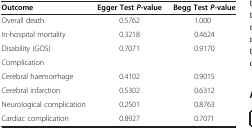
<table><thead><tr><td><b>Outcome</b></td><td><b>Egger Test <i>P</i>-value</b></td><td><b>Begg Test <i>P</i>-value</b></td></tr></thead><tbody><tr><td>Overall death</td><td>0.5762</td><td>1.000</td></tr><tr><td>In-hospital mortality</td><td>0.3218</td><td>0.4624</td></tr><tr><td>Disability (GOS)</td><td>0.7071</td><td>0.9170</td></tr><tr><td>Complication</td><td> </td><td> </td></tr><tr><td>Cerebral haemorrhage</td><td>0.4102</td><td>0.9015</td></tr><tr><td>Cerebral infarction</td><td>0.5302</td><td>0.6312</td></tr><tr><td>Neurological complication</td><td>0.2501</td><td>0.8763</td></tr><tr><td>Cardiac complication</td><td>0.8927</td><td>0.7071</td></tr></tbody></table>